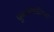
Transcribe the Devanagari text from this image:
पुनःअंशांकित